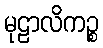
မုဠာလိကဉ္စ